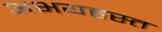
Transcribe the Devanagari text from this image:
अभयहस्त